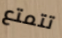
تتمتع